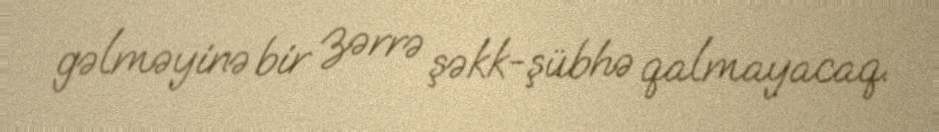
gəlməyinə bir zərrə şəkk-şübhə qalmayacaq.